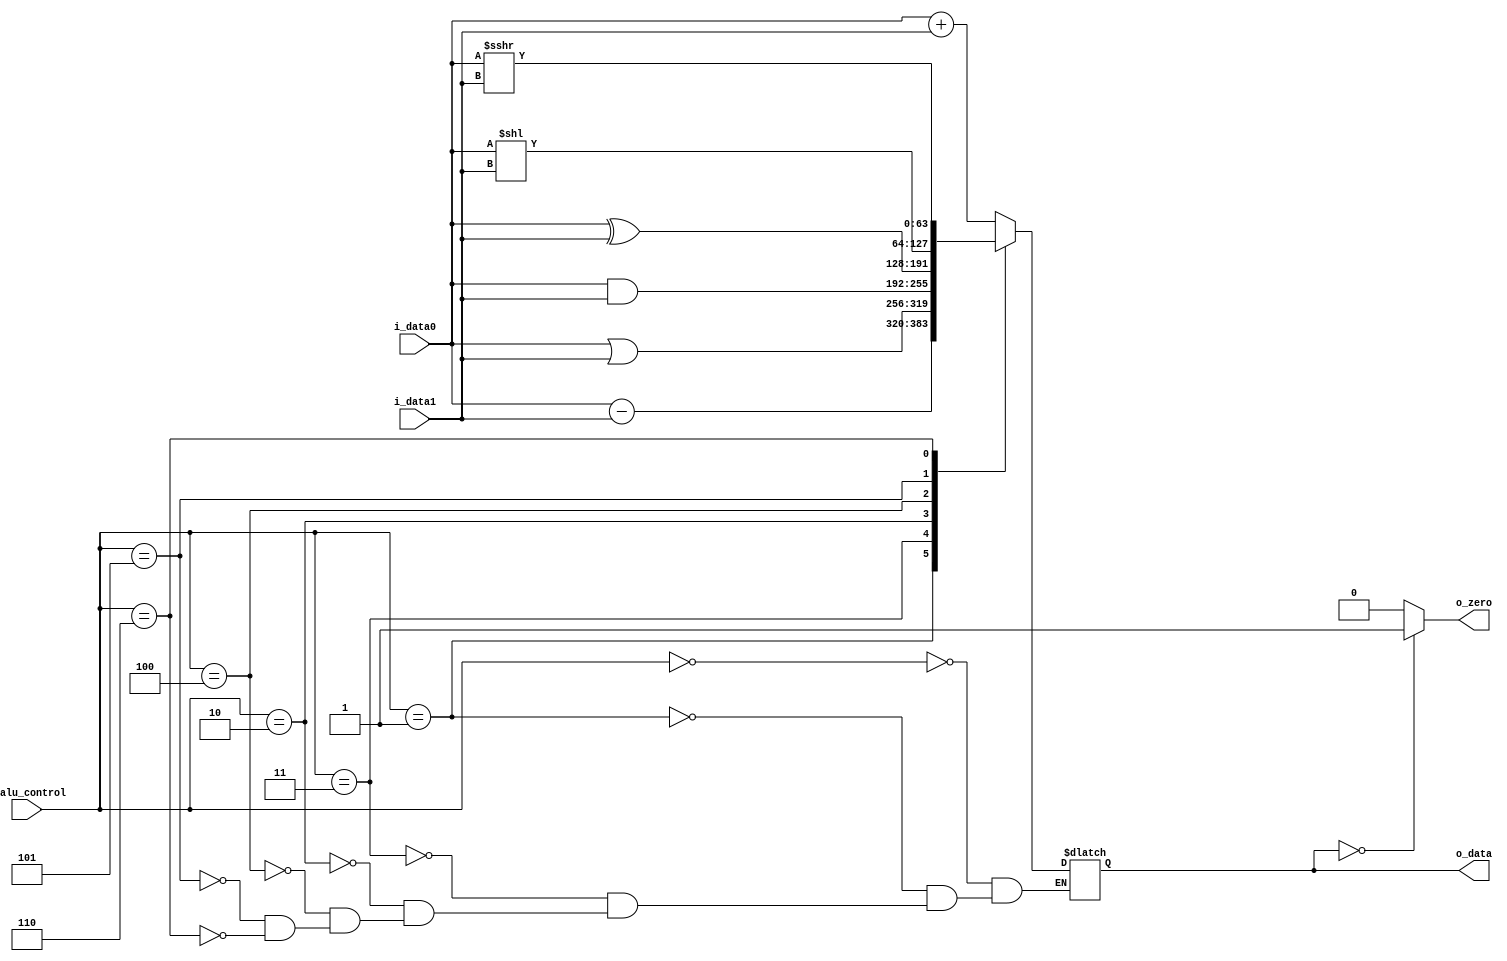
module alu #(
    parameter DATA_W = 64,

    parameter ADD = 3'b000,
    parameter SUB = 3'b001,
    parameter AND = 3'b010,
    parameter OR  = 3'b011,
    parameter XOR = 3'b100,
    parameter SLL = 3'b101,
    parameter SRL = 3'b110
)(
    input  [DATA_W-1:0]     i_data0,
    input  [DATA_W-1:0]     i_data1,
    input  [2:0]            i_alu_control,
    output reg [DATA_W-1:0] o_data,
    output                  o_zero
);

    // if the branch is done here, we need it
    assign o_zero = (o_data == 0)? 1 : 0;

    always @(*) begin
        case(i_alu_control)
            ADD: begin
                // $display("alu: %d + %d", i_data0, i_data1);
                o_data <= i_data0 + i_data1;
            end
            SUB: begin
                o_data <= i_data0 - i_data1;
            end
            OR: begin
                o_data <= i_data0 | i_data1;
            end
            AND: begin
                o_data <= i_data0 & i_data1;
            end
            XOR: begin
                o_data <= i_data0 ^ i_data1;
            end
            SLL: begin
                o_data <= i_data0 << i_data1;
            end
            SRL: begin
                o_data <= $signed(i_data0) >>> i_data1;
            end
        endcase
        // $display("alu: o_data : %d", o_data);
    end
    
endmodule